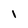
Character: 1